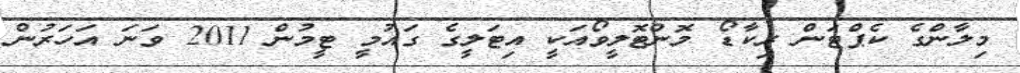
މިލާންގެ ކެޕްޓަން ރިކާޑޯ މޮންޓޮލީވޯއަކީ އިޓަލީގެ ގައުމީ ޓީމުން 2011 ވަނަ އަހަރުން